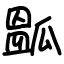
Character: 㼔